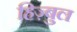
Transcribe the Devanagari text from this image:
हिज़्बुल